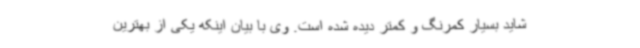
شاید بسیار کمرنگ و کمتر دیده شده است. وی با بیان اینکه یکی از بهترین